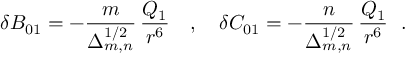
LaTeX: \delta { \cal B } _ { 0 1 } = - \frac { m } { \Delta _ { m , n } ^ { 1 / 2 } } \, \frac { Q _ { 1 } } { r ^ { 6 } } ~ ~ ~ , ~ ~ ~ \delta { \cal C } _ { 0 1 } = - \frac { n } { \Delta _ { m , n } ^ { 1 / 2 } } \, \frac { Q _ { 1 } } { r ^ { 6 } } ~ ~ .